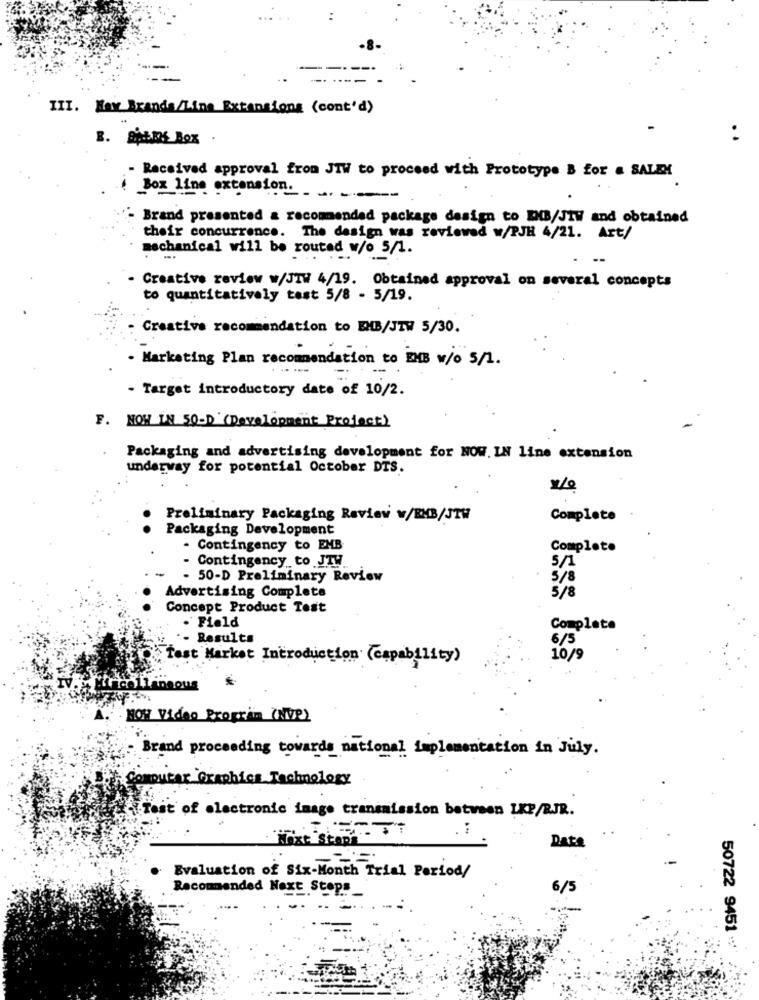
III. Max Branda/Line Extensions (cont'd)
B. 45176 BOX .
- Received approval from JTW to proceed with Prototype B for & SALEN
Box line extension.
Brand presented & recommended package design to EMB/JTW and obtained
their concurrence. The design was reviewed w/PJH 4/21. Art/
mechanical will be routed w/o 5/1.
--
Creative review w/JTW 4/19. Obtained approval on several concepts
to quantitatively test 5/8 - 5/19.
Creative recommendation to EMB/JTW 5/30.
Marketing Plan recommendation to 2MB w/o s/1.
- Target introductory date of 10/2.
F. HOW IN 50-D (Development Project)
Packaging and advertising development for NOW. IN line extension
underway for potential October DTS.
Preliminary Packaging Review w/BMB/JTW
Complete
Packaging Development
- Contingency to EMB
Complete
5/1
- Contingency to JTW
- 50-D Preliminary Review
5/8
Advertising Complete
5/8
Concept Product Test
· Field
Complete
Results
6/5
Test Market Introduction (capability)
10/9
HOW Video Program (NVP)
Brand proceeding towards national implementation in July.
omputer Graphics Technology
Test of electronic image transmission between LKP/RJR.
. :
Hoxe Stop
Date
Evaluation of Six-Month Trial Period/
Recommended Next Stop !_
6/5
50722 9451